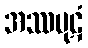
အဿပုဋံ